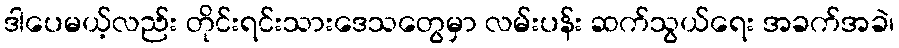
ဒါပေမယ့်လည်း တိုင်းရင်းသားဒေသတွေမှာ လမ်းပန်း ဆက်သွယ်ရေး အခက်အခဲ၊